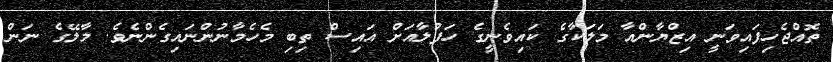
ތޮއްޖެހިފައިވަނީ އިޒްޔާންއާ މަލަކާގެ ކައިވެނީގެ ހަފުލާއަށް އައިސް ތިބި މެހެމާނުންނައިގެންނެވެ. މާލޭގެ ނަން